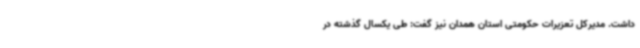
داشت. مدیرکل تعزیرات حکومتی استان همدان نیز گفت: طی یکسال گذشته در